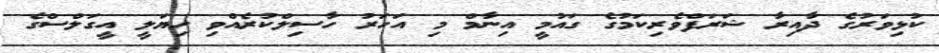
ކުޅިވަރުގެ ދާއިރާ ޝަރަފްވެރިކަމުގެ ގައުމީ އިނާމް މި އަހަރު ހާސިލްކުރެއްވި ހިޔަލީ އީގަލްސްގެ